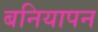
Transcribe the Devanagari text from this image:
बनियापन